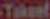
Takeet